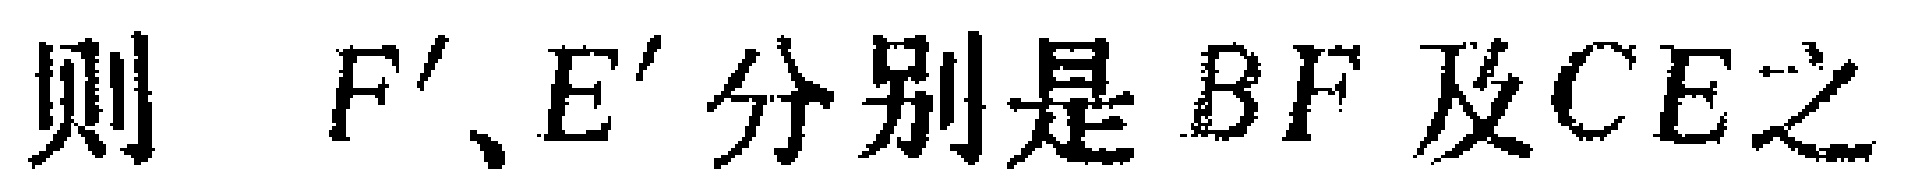
则 \(F'\)、\(E'\) 分别是 \(BF\) 及 \(CE\) 之